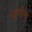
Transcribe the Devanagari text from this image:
फर्गाना